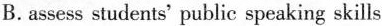
B.assess students' public speaking skills